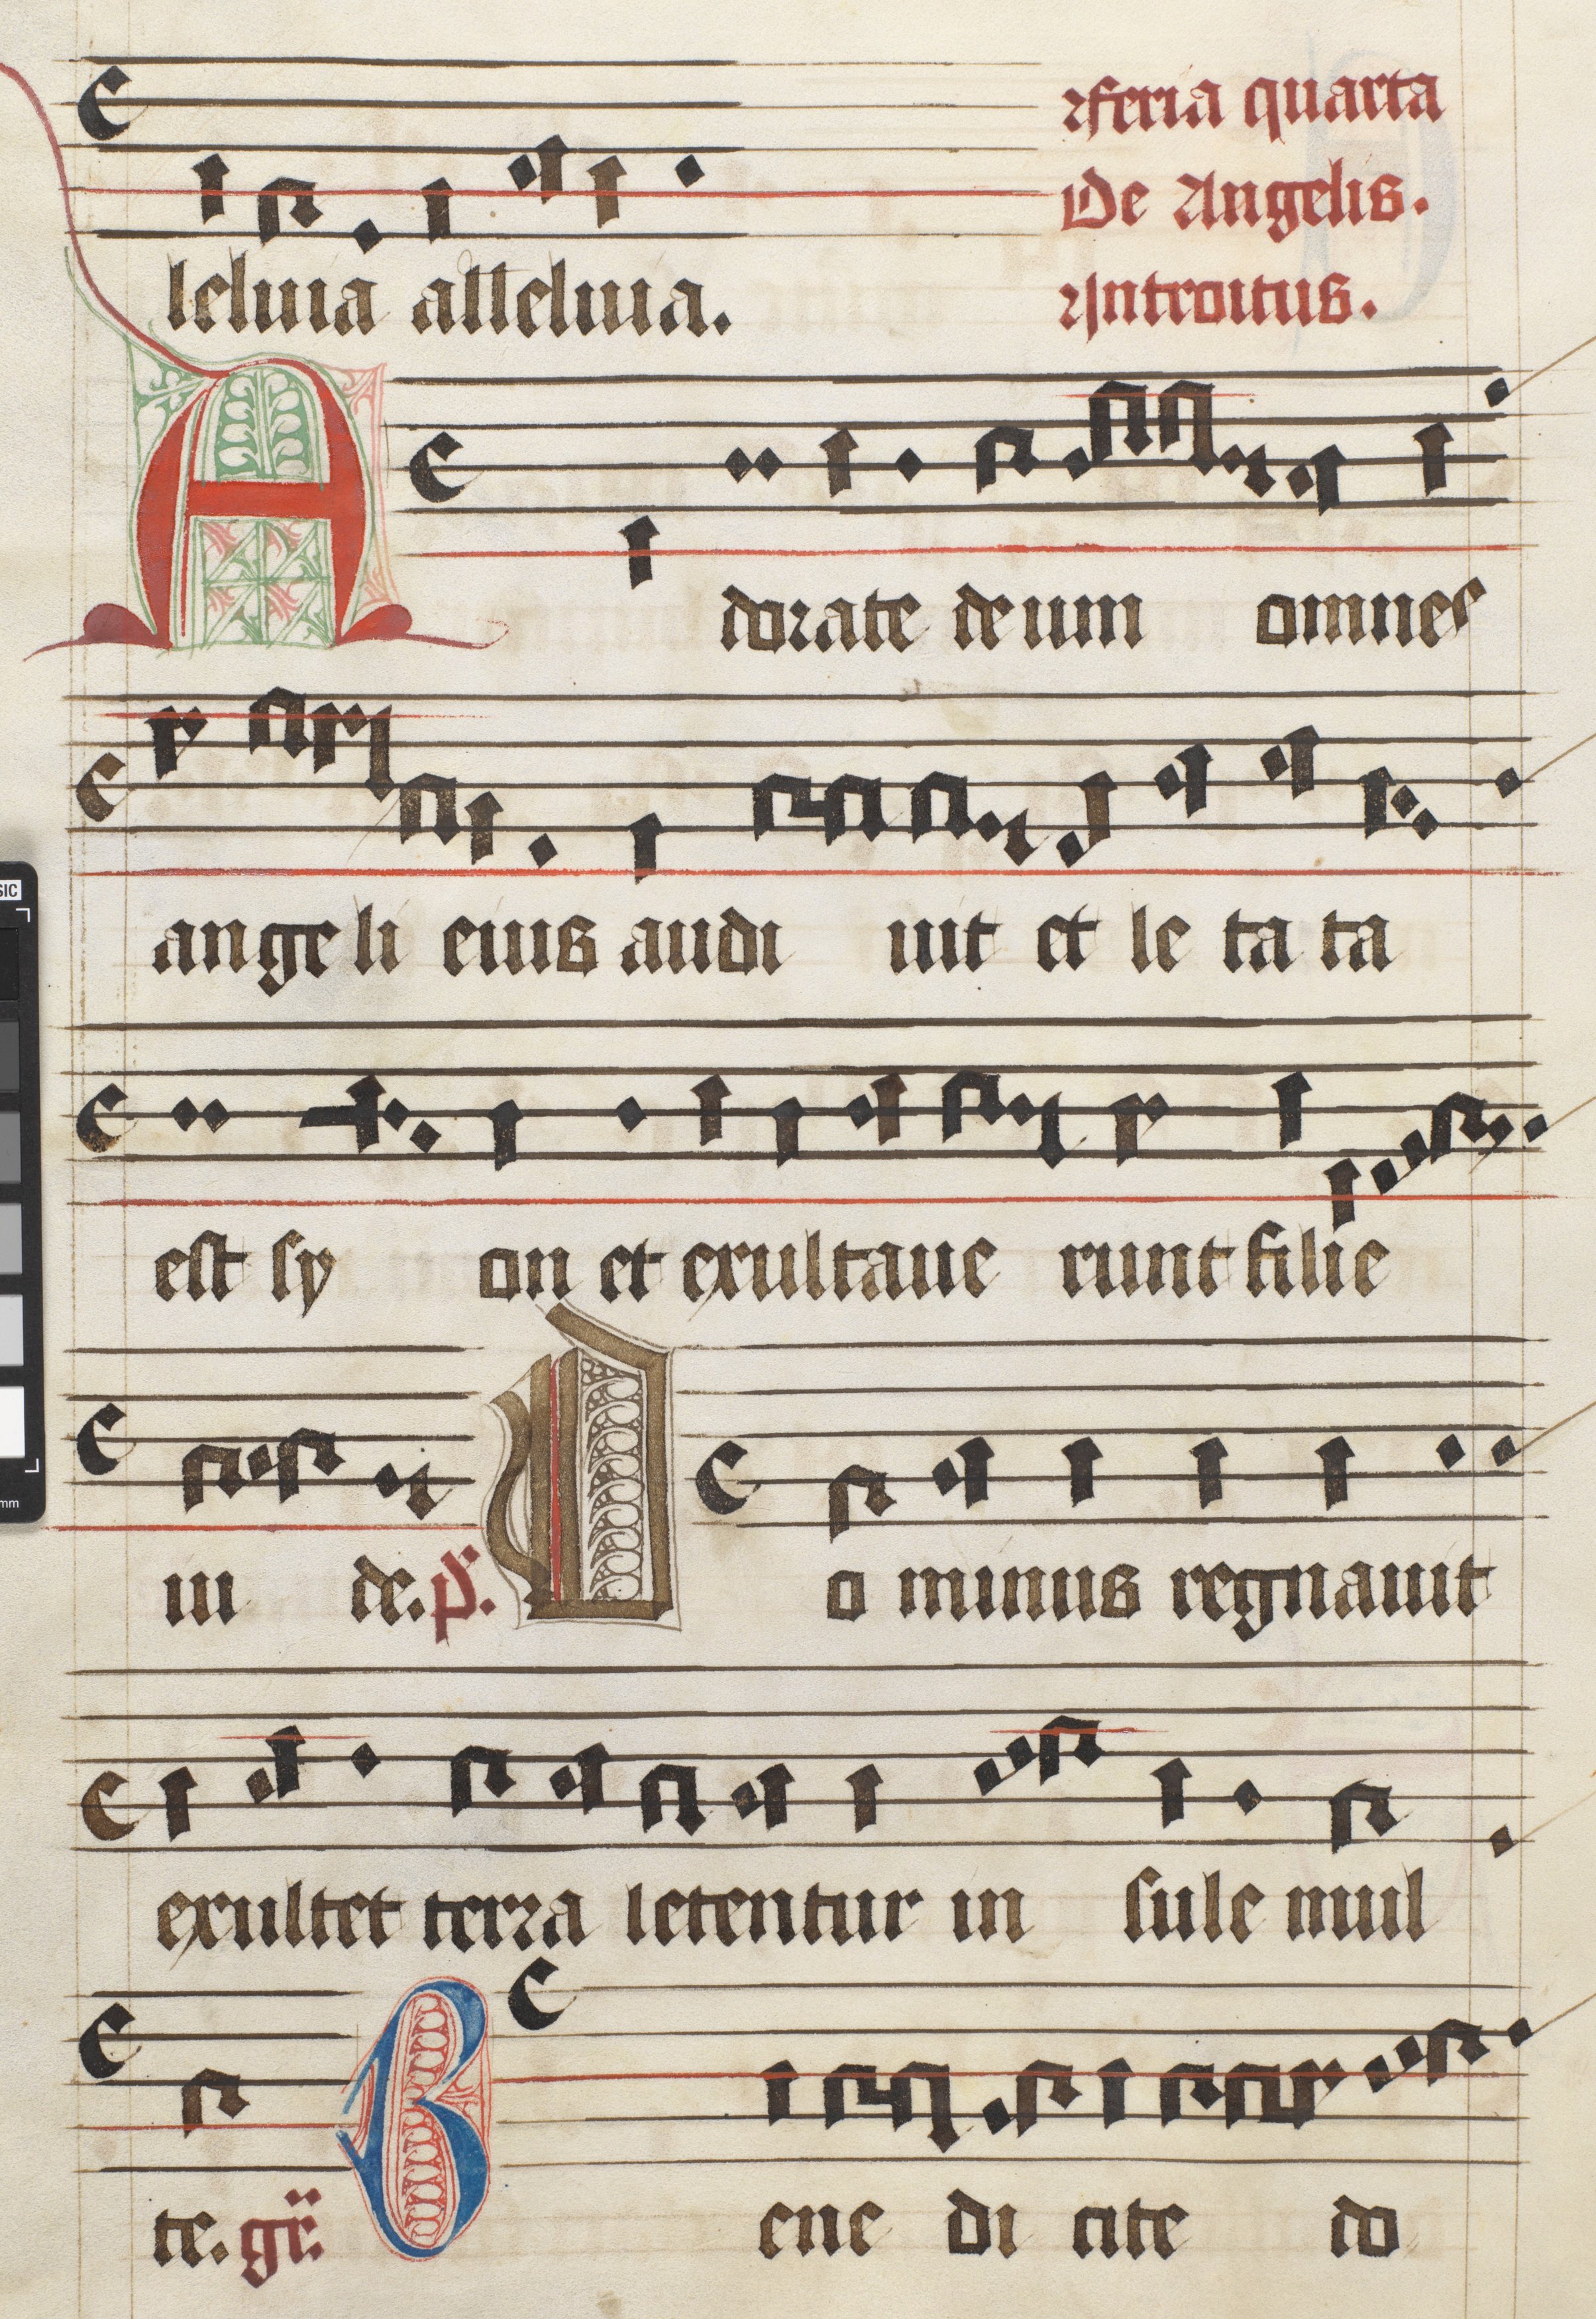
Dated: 1475–1499